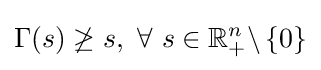
\Gamma (s)\not \geq s,\ \forall \ s\in \mathbb {R} _{+}^{n}\backslash \left\{0\right\}